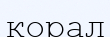
корал